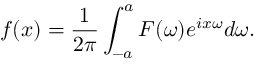
f ( x ) = { \frac { 1 } { 2 \pi } } \int _ { - a } ^ { a } F ( \omega ) e ^ { i x \omega } d \omega .